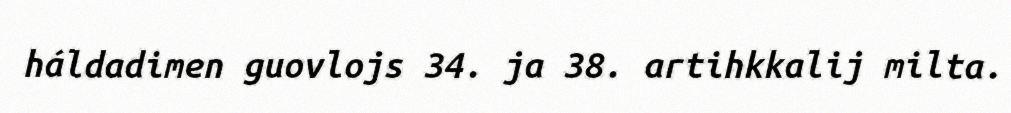
háldadimen guovlojs 34. ja 38. artihkkalij milta.